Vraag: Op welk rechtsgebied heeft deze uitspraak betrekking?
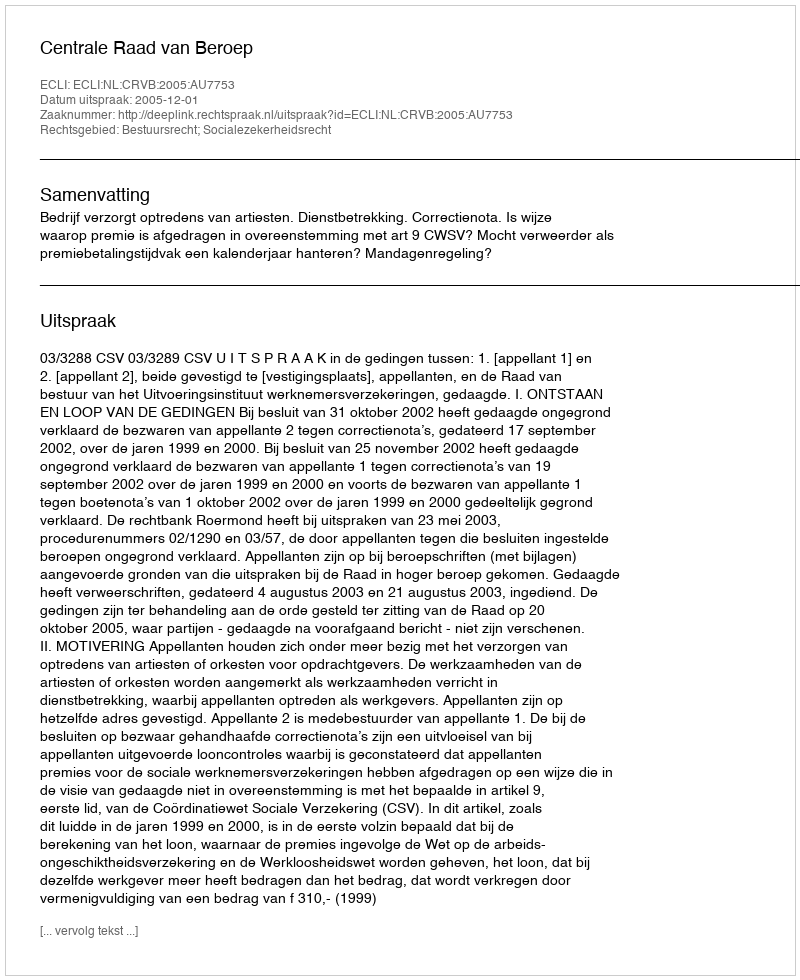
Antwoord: Bestuursrecht; Socialezekerheidsrecht